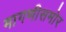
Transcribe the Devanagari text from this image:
मागणीसमोर